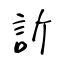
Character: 訢